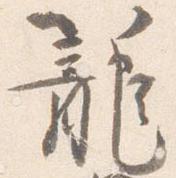
籠